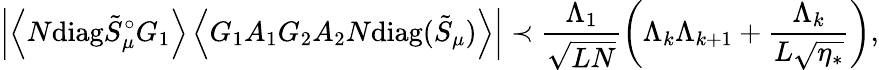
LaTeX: \left|\left\langle{N\mathrm{diag}\tilde{S}_{\mu}^{\circ}G_{1}}\right\rangle\left\langle{G_{1}A_{1}G_{2}A_{2}N\mathrm{diag}(\tilde{S}_{\mu})}\right\rangle\right|\prec\frac{\Lambda_{1}}{\sqrt{LN}}\left(\Lambda_{k}\Lambda_{k+1}+\frac{\Lambda_{k}}{L\sqrt{\eta_{*}}}\right),